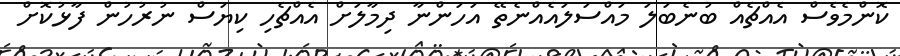
ކޮންމެވެސް އެއްޗެއް ބުނެބަލަ މައްސަލައެއްނެތޭ އަހަންނާ ދިމާލަށް އެއްޗެހި ކިޔަސް ނުރުހުން ފާޅުކޮށް